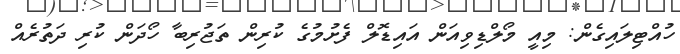
ހުއްޓިލައިގެން: މިއީ މޯލްޑިވިއަން އައިޑޮލް ފެށުމުގެ ކުރިން ތަޖުރިބާ ހޯދަން ކުރި ދަތުރެއް